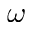
\omega